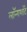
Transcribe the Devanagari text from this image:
लॉन्गशॉट